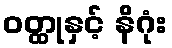
ဝတ္ထုနှင့် နိဂုံး